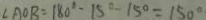
\angle A O B = 1 8 0 ^ { \circ } - 1 5 ^ { \circ } - 1 5 ^ { \circ } = 1 5 0 ^ { \circ }